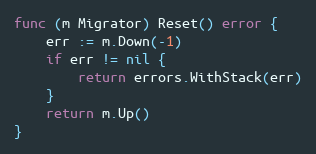
Language: Go
func (m Migrator) Reset() error {
	err := m.Down(-1)
	if err != nil {
		return errors.WithStack(err)
	}
	return m.Up()
}